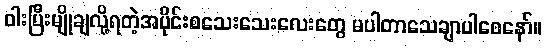
ဝါးပြီးမျိုချလို့ရတဲ့အပိုင်းစသေးသေးလေးတွေ မပါတာသေချာပါစေနော်။